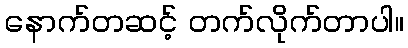
နောက်တဆင့် တက်လိုက်တာပါ။